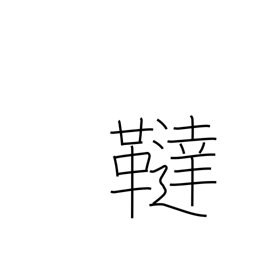
Meaning: region name